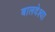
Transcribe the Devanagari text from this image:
बालवेश्या